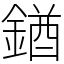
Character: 𨩊